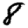
Digit: 8